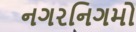
નગરનિગમો